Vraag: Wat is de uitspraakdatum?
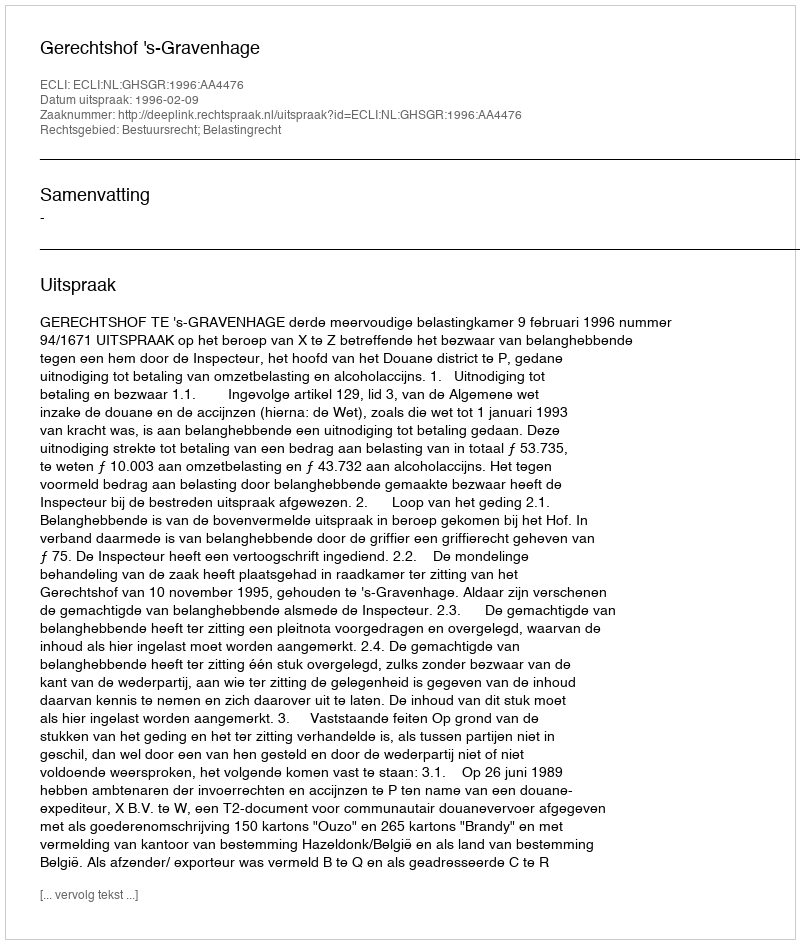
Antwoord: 1996-02-09